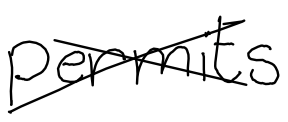
Text: permits
Cross-out: cross
Writing tool: digital_black